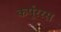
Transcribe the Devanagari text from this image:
कर्पूररस